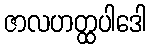
ဇာလဟတ္ထပါဒေါ